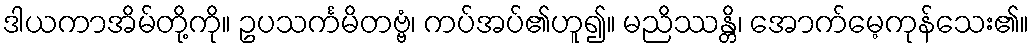
ဒါယကာအိမ်တို့ကို။ ဥပသင်္ကမိတဗ္ဗံ၊ ကပ်အပ်၏ဟူ၍။ မညိဿန္တိ၊ အောက်မေ့ကုန်သေး၏။